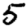
Digit: 5